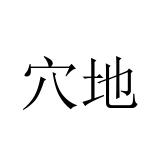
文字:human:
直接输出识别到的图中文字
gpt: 穴地